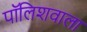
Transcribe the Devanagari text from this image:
पॉलिशवाला